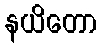
နယိတော